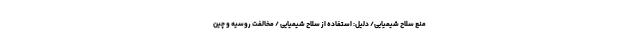
منع سلاح شیمیایی/ دلیل: استفاده از سلاح شیمیایی / مخالفت روسیه و چین